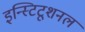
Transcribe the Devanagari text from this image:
इन्स्टिटूशनल